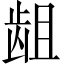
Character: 龃